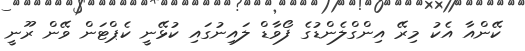
ކޭންއާ އެކު މިރޭ އިންގްލެންޑުގެ ފޯވާޑް ލައިނުގައި ކުޅޭނީ ކެޕްޓަން ވޭން ރޫނީ